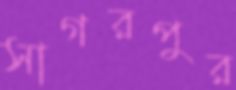
সাগরপুর